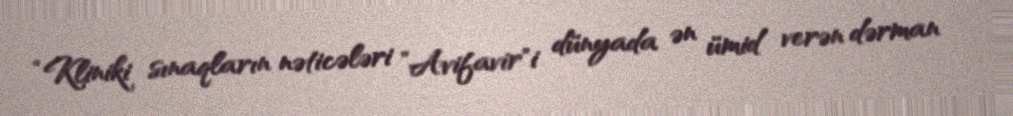
“Kliniki sınaqların nəticələri ”Avifavir"i dünyada ən ümid verən dərman